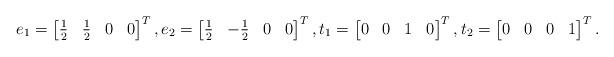
LaTeX: \begin{align*}e_1 = \begin{bmatrix}\frac{1}{2} & \frac{1}{2} & 0 & 0\end{bmatrix} ^T, e_2 = \begin{bmatrix}\frac{1}{2} & -\frac{1}{2} & 0 & 0\end{bmatrix} ^T, t_1 = \begin{bmatrix}0 & 0 & 1 & 0 \end{bmatrix} ^T, t_2 = \begin{bmatrix}0 & 0 & 0 & 1 \end{bmatrix} ^T.\end{align*}